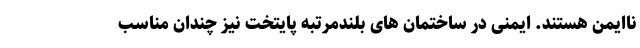
ناایمن هستند. ایمنی در ساختمان های بلندمرتبه پایتخت نیز چندان مناسب